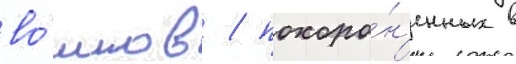
во́инов / похоро́н'енных в